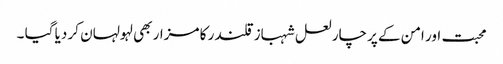
محبت اور امن کے پرچار لعل شہباز قلندر کا مزار بھی لہولہان کر دیا گیا ۔